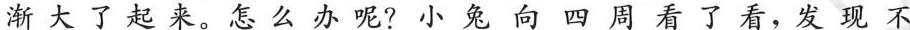
渐大了起来。怎么办呢？小兔向四周看了看，发现不